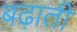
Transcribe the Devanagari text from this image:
बढ़ातीं